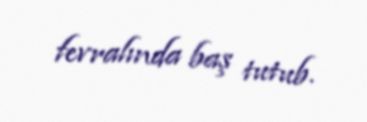
fevralında baş tutub.